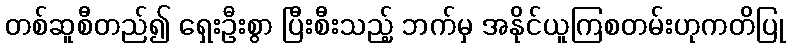
တစ်ဆူစီတည်၍ ရှေးဦးစွာ ပြီးစီးသည့် ဘက်မှ အနိုင်ယူကြစတမ်းဟုကတိပြု